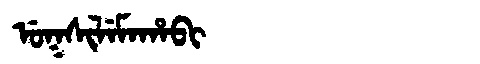
Manchu: ᡠᡴᠰᡳᠯᡝᠮᠠᡥᠠᠪᡳ
Romanization: UKSILEMAHABI